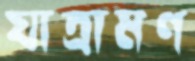
যাত্রামণ